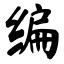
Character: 编